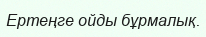
Ертеңге ойды бұрмалық.